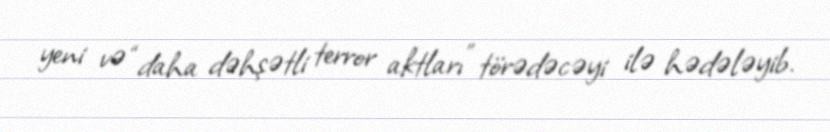
yeni və “daha dəhşətli terror aktları” törədəcəyi ilə hədələyib.